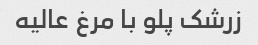
زرشک پلو با مرغ عالیه